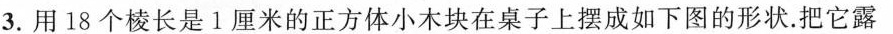
3.用18个棱长是1厘米的正方体小木块在桌子上摆成如下图的形状。把它露